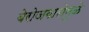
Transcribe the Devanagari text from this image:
बेरोजगारोमुळे